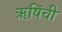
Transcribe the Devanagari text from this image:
ऋषिंची